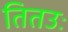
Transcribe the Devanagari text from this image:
तितउः